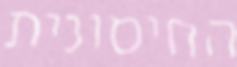
החיסונית